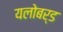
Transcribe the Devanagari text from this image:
यलोबर्ड